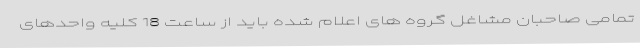
تمامی صاحبان مشاغل گروه های اعلام شده باید از ساعت 18 کلیه واحدهای